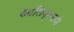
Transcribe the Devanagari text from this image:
खालिप्रमाणे